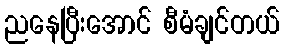
ညနေပြီးအောင် စီမံချင်တယ်